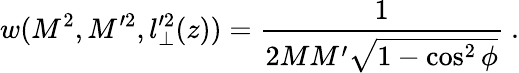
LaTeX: w(M^{2},M^{\prime 2},{l}_{\perp}^{\prime 2}(z))=\frac{1}{2M{M}^{\prime}\sqrt{1-\cos^{2}\phi}}\ .